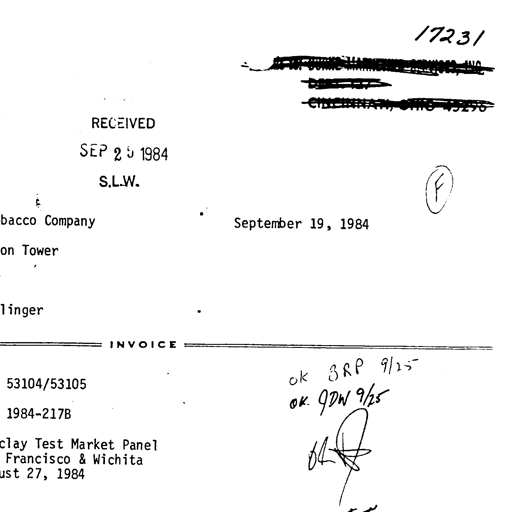
17231
RECEIVED
SEP 25 1984
S.L.W.
F
bacco Company September 19, 1984
on Tower
linger
INVOICE
53104/53105 ok BRP 9/25
1984-217B ok JDW 9/25
clay Test Market Panel ok
Francisco & Wichita
ust 27, 1984